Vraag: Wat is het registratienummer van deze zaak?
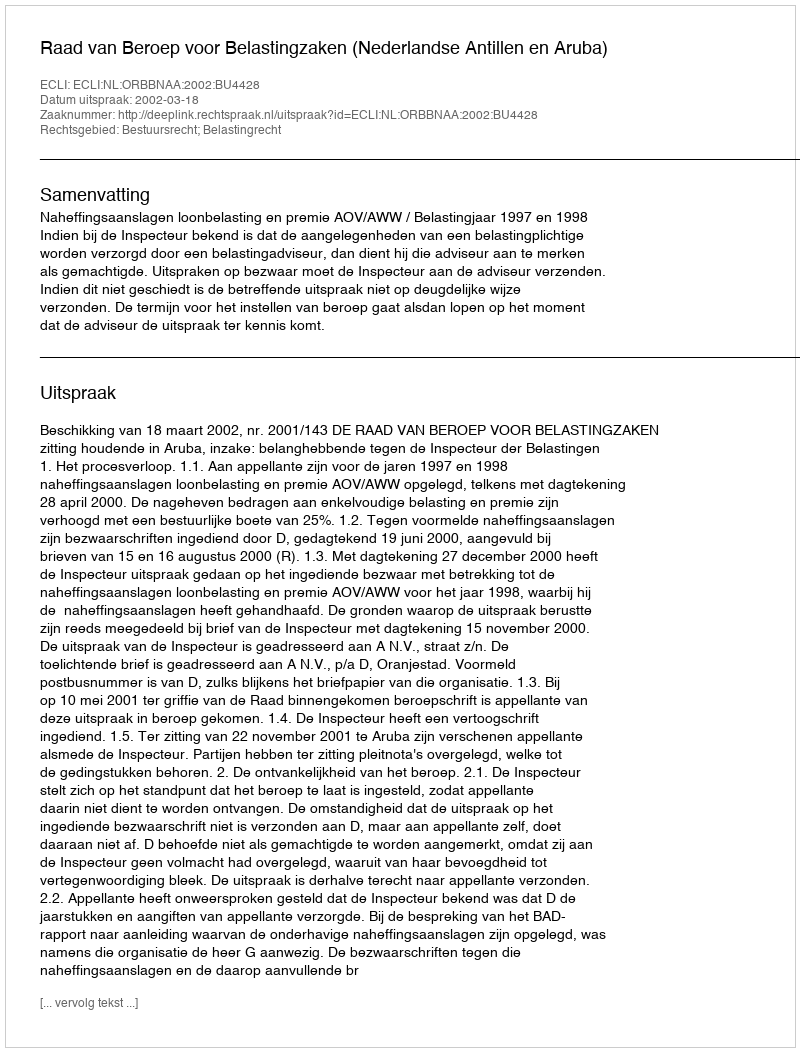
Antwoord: http://deeplink.rechtspraak.nl/uitspraak?id=ECLI:NL:ORBBNAA:2002:BU4428